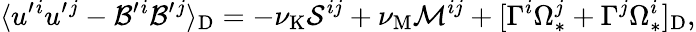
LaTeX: \langle{u^{\prime}{}^{i}u^{\prime}{}^{j}-\mathcal{B}^{\prime}{}^{i}\mathcal{B}^{\prime}{}^{j}}\rangle_{\mathrm{{{D}}}}=-\nu_{\mathrm{{{K}}}}{\cal{S}}^{ij}+\nu_{\mathrm{{{M}}}}{\cal{M}}^{ij}+[\Gamma^{i}\Omega_{\ast}^{j}+\Gamma^{j}\Omega_{\ast}^{i}]_{\mathrm{{{D}}}},